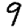
Digit: 9